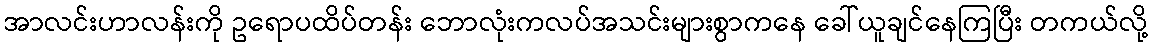
အာလင်းဟာလန်းကို ဥရောပထိပ်တန်း ဘောလုံးကလပ်အသင်းများစွာကနေ ခေါ်ယူချင်နေကြပြီး တကယ်လို့